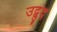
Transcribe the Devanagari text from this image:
उद्बुद